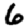
Digit: 6